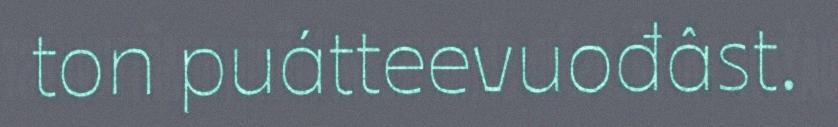
ton puátteevuođâst.